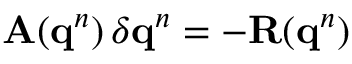
\mathbf { A } ( \mathbf { q } ^ { n } ) \, \delta \mathbf { q } ^ { n } = - \mathbf { R } ( \mathbf { q } ^ { n } )